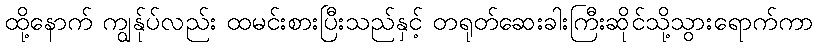
ထို့နောက် ကျွန်ုပ်လည်း ထမင်းစားပြီးသည်နှင့် တရုတ်ဆေးခါးကြီးဆိုင်သို့သွားရောက်ကာ